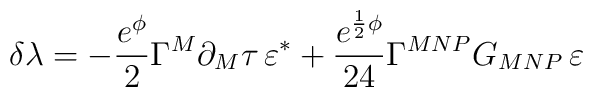
\delta\lambda=- \frac{e^{\phi}}{2}\Gamma^{M}\partial_{M}\tau \, \varepsilon^* +\frac{e^{\frac{1}{2}\phi}}{24}\Gamma^{MNP}G_{MNP}\, \varepsilon